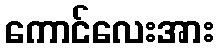
ကောင်လေးအား